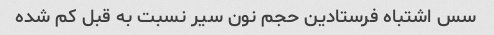
سس اشتباه فرستادین حجم نون سیر نسبت به قبل کم شده